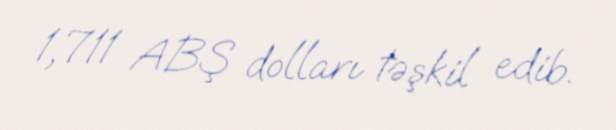
1,711 ABŞ dolları təşkil edib.